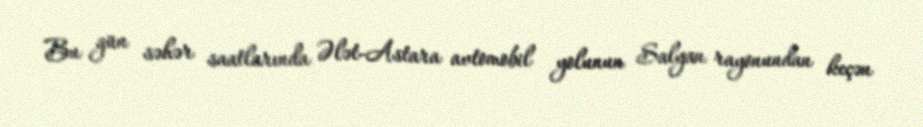
Bu gün səhər saatlarında Ələt-Astara avtomobil yolunun Salyan rayonundan keçən